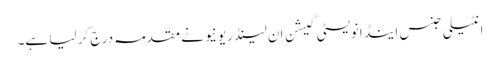
انٹیلی جنس اینڈ انویسٹی گیشن ان لینڈ ریونیو نے مقدمہ درج کر لیا ہے۔